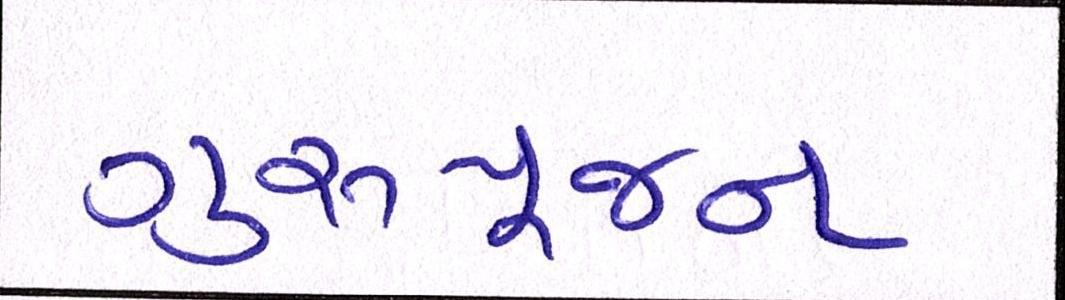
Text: ગુરૂપૂજન